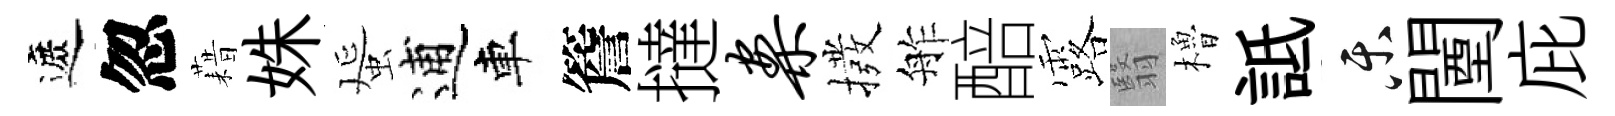
遮忽藉姝蜑逋車簷撻案撥舴醅露翳櫓詆乐闉庇